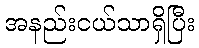
အနည်းငယ်သာရှိပြီး